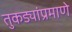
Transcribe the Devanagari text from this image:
तुकड्यांप्रमाणे